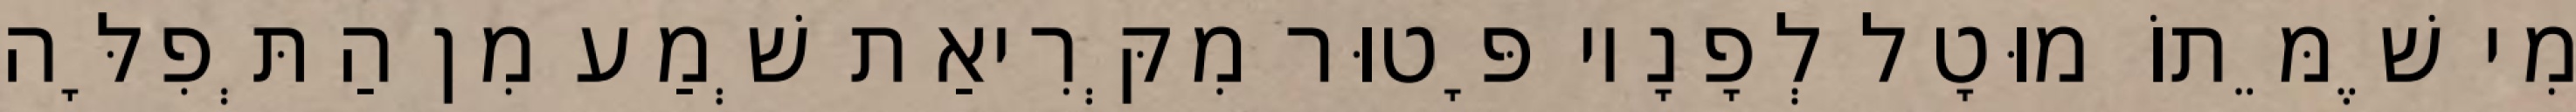
מִי שֶׁמֵּתוֹ מוּטָל לְפָנָיו פָּטוּר מִקְּרִיאַת שְׁמַע מִן הַתְּפִלָּה